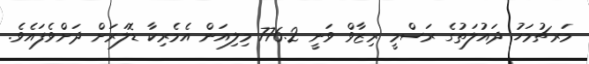
މަރޗުމަހު ދައުލަތުގެ ރަސްމީ ރިޒާވް ވަނީ 776.2 މިލިއަން އެމެރިކާ ޑޮލަރަށް ދަށްވެފައެވެ.